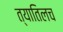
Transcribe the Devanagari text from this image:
त्यातिलच